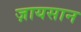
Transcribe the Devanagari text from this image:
ज़ायसान